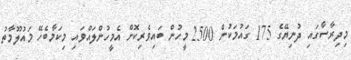
މިދިރާސާގައި ދުނިޔޭގެ 175 ގައުމަކުން 2500 މީހުން ބައިވެރިކޮށް އެމީހުންލައްވައި މިކަމާބެހޭ މައުލޫމާތު